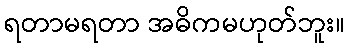
ရတာမရတာ အဓိကမဟုတ်ဘူး။